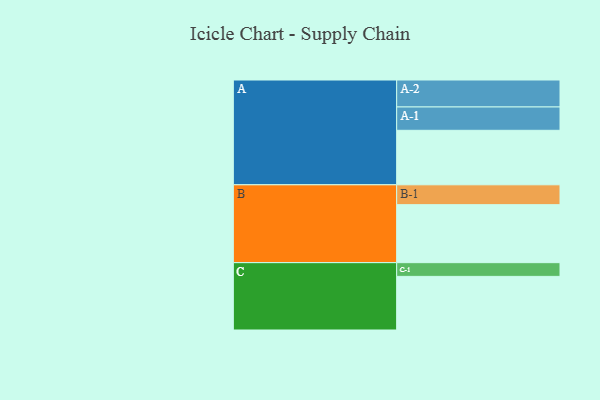
{"axis": {"x": "Segment", "y": "Value"}, "legend": ["", "A", "B", "C"], "data": [{"x": "A", "y": 560, "type": ""}, {"x": "B", "y": 596, "type": ""}, {"x": "C", "y": 551, "type": ""}, {"x": "A-1", "y": 240, "type": "A"}, {"x": "A-2", "y": 277, "type": "A"}, {"x": "B-1", "y": 204, "type": "B"}, {"x": "C-1", "y": 141, "type": "C"}]}